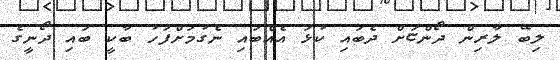
ލިބޭ ލާރިން ދޯންޏަށް ދެބައި ކުޅަ އެއްބައި ނެގުމަށްފަހު ބާކީ ބައި ދޯނީގެ